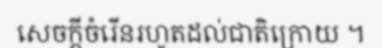
សេចក្តីចំរើនរហូតដល់ជាតិក្រោយ ។